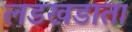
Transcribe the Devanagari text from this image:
लडखडाता